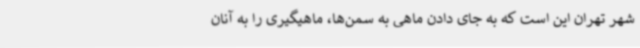
شهر تهران این است که به جای دادن ماهی به سمن‌ها، ماهیگیری را به آنان